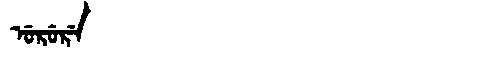
Manchu: ᡠᡵᡠᡵᡝ
Romanization: URURE